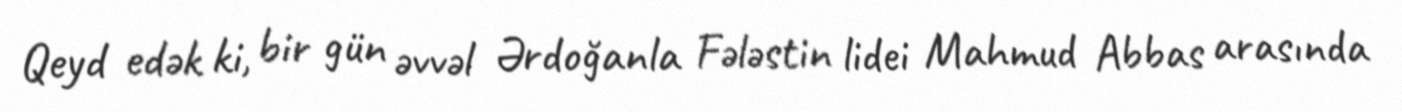
Qeyd edək ki, bir gün əvvəl Ərdoğanla Fələstin lidei Mahmud Abbas arasında